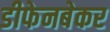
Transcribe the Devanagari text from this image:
डीफेनबेकर